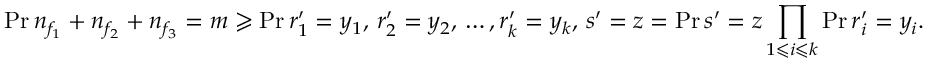
\operatorname* { P r } { n _ { f _ { 1 } } + n _ { f _ { 2 } } + n _ { f _ { 3 } } = m } \geqslant \operatorname* { P r } { r _ { 1 } ^ { \prime } = y _ { 1 } , \, r _ { 2 } ^ { \prime } = y _ { 2 } , \, \ldots , r _ { k } ^ { \prime } = y _ { k } , \, s ^ { \prime } = z } = \operatorname* { P r } { s ^ { \prime } = z } \prod _ { 1 \leqslant i \leqslant k } \operatorname* { P r } { r _ { i } ^ { \prime } = y _ { i } } .